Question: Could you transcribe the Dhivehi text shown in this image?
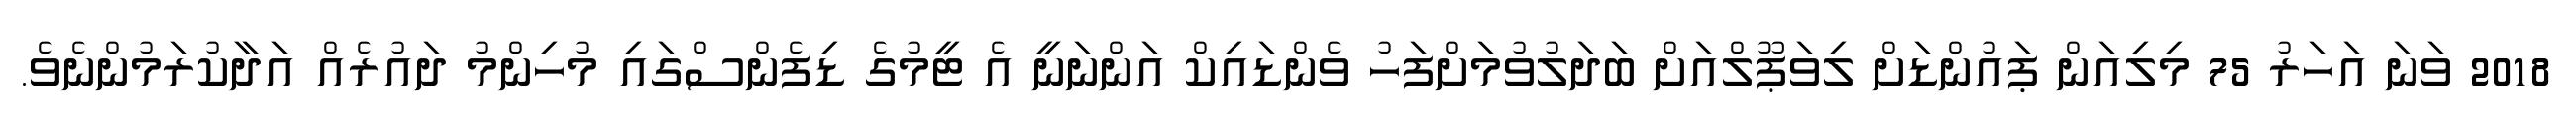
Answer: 2018 ވަނަ އަހަރު 75 މިލިއަން ޕައުންޑަށް ލިވަޕޫލްއަށް ބަދަލުވުމަށްފަހު ވެންޑައިކް އަންނަނީ އެ ޓީމުގެ ޑިފެންސްގައި މުހިންމު ދައުރެއް އަދާކުރަމުންނެވެ.